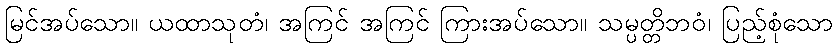
မြင်အပ်သော။ ယထာသုတံ၊ အကြင် အကြင် ကြားအပ်သော။ သမ္ပတ္တိဘဝံ၊ ပြည့်စုံသော